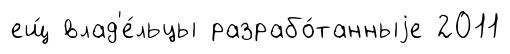
ещ́ влад'е́льцы разрабо́танныjе 2011